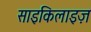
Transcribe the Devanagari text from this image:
साइकिलाइज़